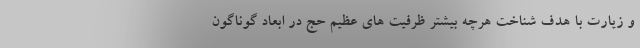
و زیارت با هدف شناخت هرچه بیشتر ظرفیت‌ های عظیم حج در ابعاد گوناگون